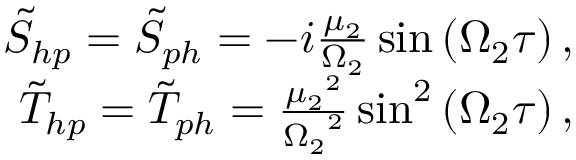
\begin{array} { r l r } & { } & { \tilde { S } _ { h p } = \tilde { S } _ { p h } = - i \frac { \mu _ { 2 } } { \Omega _ { 2 } } \sin \left( \Omega _ { 2 } \tau \right) , } \\ & { } & { \tilde { T } _ { h p } = \tilde { T } _ { p h } = \frac { { \mu _ { 2 } } ^ { 2 } } { { \Omega _ { 2 } } ^ { 2 } } \sin ^ { 2 } \left( \Omega _ { 2 } \tau \right) , } \end{array}